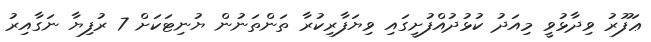
ޢަފޫރު ވިދާޅުވީ މިއަދު ކުޅުދުއްފުށީގައި ވިޔަފާރިކުރާ ތަންތަނުން ޔުނިޓަކަށް 7 ރުފިޔާ ނަގާއިރު